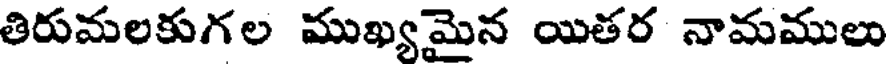
తిరుమలకుగల ముఖ్యమైన యితర నామములు